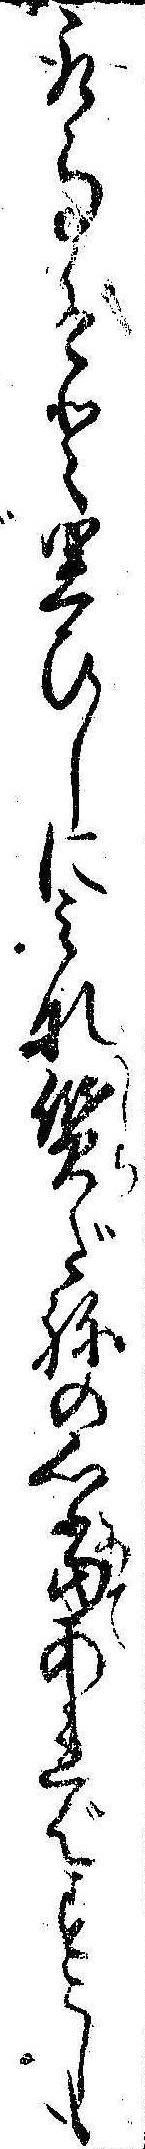
取事ぞと思ひしにみな質だねの心当あればすこしも